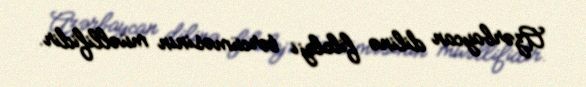
Azərbaycan dilinə filoloji tərcüməsinin müəllifidir.